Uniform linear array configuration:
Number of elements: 48
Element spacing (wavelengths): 0.5
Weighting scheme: exponential
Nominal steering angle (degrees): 0
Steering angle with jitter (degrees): -1.017
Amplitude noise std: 0.05
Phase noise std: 0.05

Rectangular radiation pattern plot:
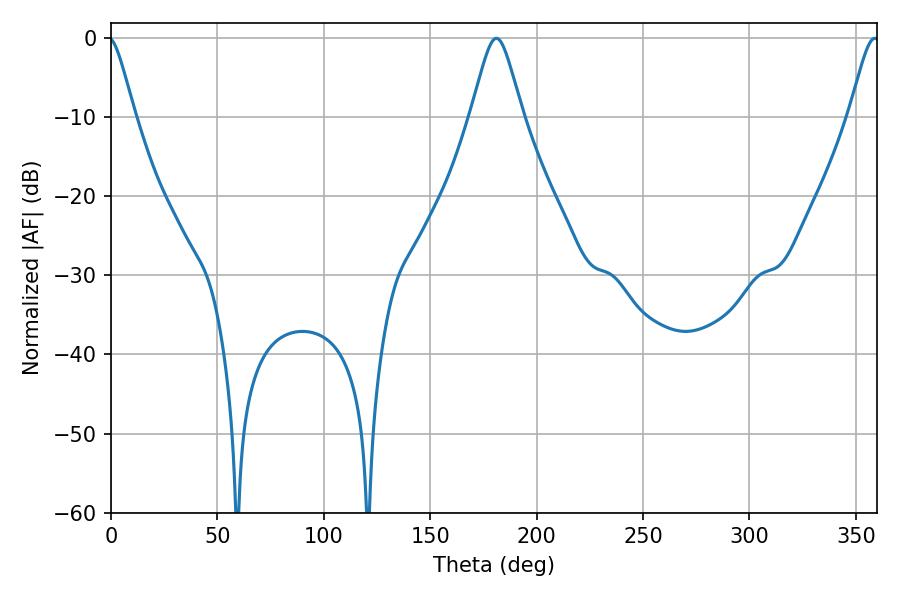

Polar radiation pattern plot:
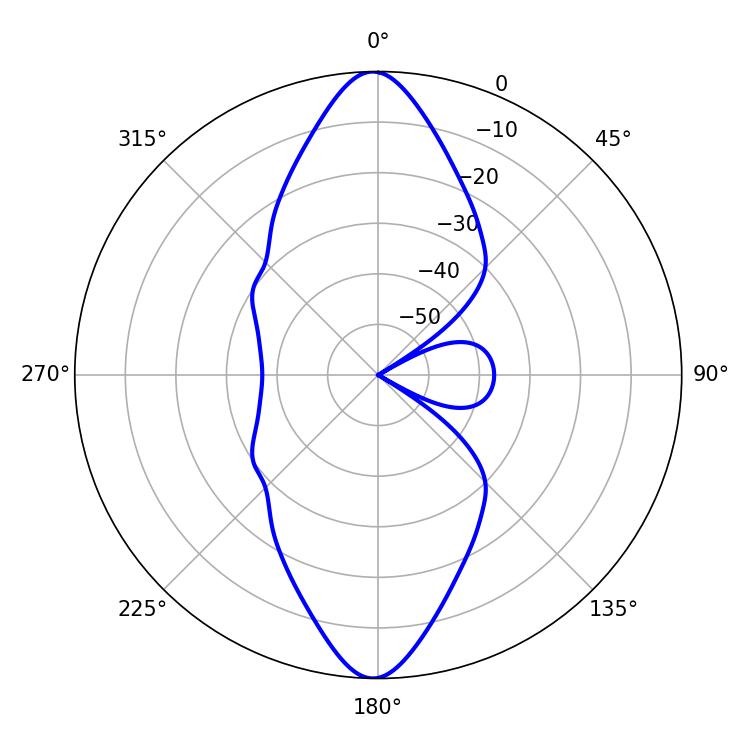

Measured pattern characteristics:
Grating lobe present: FALSE
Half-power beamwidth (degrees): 11.52
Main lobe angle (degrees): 181.08